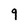
Character: q